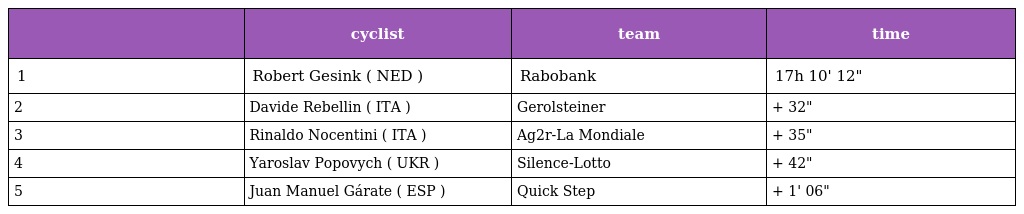
|  | cyclist | team | time |
 | --- | --- | --- | --- |
 | 1 | Robert Gesink ( NED ) | Rabobank | 17h 10' 12" |
 | 2 | Davide Rebellin ( ITA ) | Gerolsteiner | + 32" |
 | 3 | Rinaldo Nocentini ( ITA ) | Ag2r-La Mondiale | + 35" |
 | 4 | Yaroslav Popovych ( UKR ) | Silence-Lotto | + 42" |
 | 5 | Juan Manuel Gárate ( ESP ) | Quick Step | + 1' 06" |